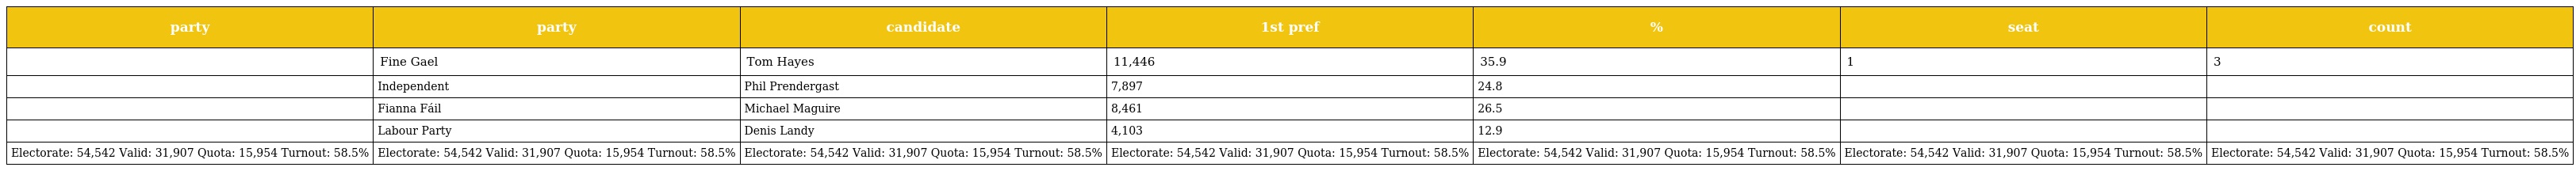
| party | party | candidate | 1st pref | % | seat | count |
 | --- | --- | --- | --- | --- | --- | --- |
 |  | Fine Gael | Tom Hayes | 11,446 | 35.9 | 1 | 3 |
 |  | Independent | Phil Prendergast | 7,897 | 24.8 |  |  |
 |  | Fianna Fáil | Michael Maguire | 8,461 | 26.5 |  |  |
 |  | Labour Party | Denis Landy | 4,103 | 12.9 |  |  |
 | Electorate: 54,542 Valid: 31,907 Quota: 15,954 Turnout: 58.5% | Electorate: 54,542 Valid: 31,907 Quota: 15,954 Turnout: 58.5% | Electorate: 54,542 Valid: 31,907 Quota: 15,954 Turnout: 58.5% | Electorate: 54,542 Valid: 31,907 Quota: 15,954 Turnout: 58.5% | Electorate: 54,542 Valid: 31,907 Quota: 15,954 Turnout: 58.5% | Electorate: 54,542 Valid: 31,907 Quota: 15,954 Turnout: 58.5% | Electorate: 54,542 Valid: 31,907 Quota: 15,954 Turnout: 58.5% |